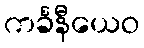
ကင်္ခနီယေဝ